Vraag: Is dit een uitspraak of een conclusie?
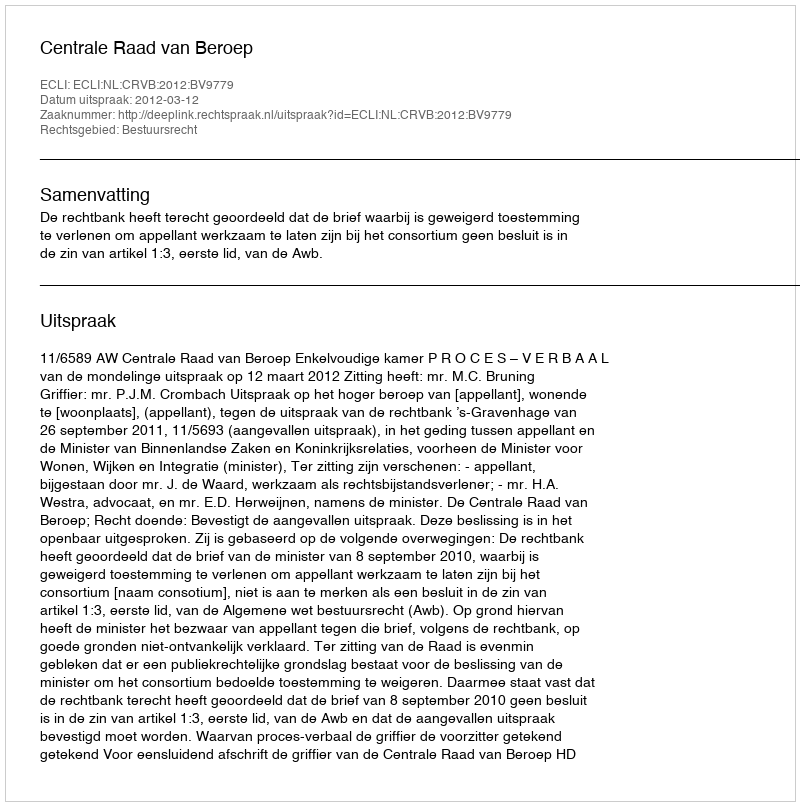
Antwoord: Uitspraak